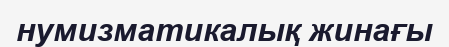
нумизматикалық жинағы